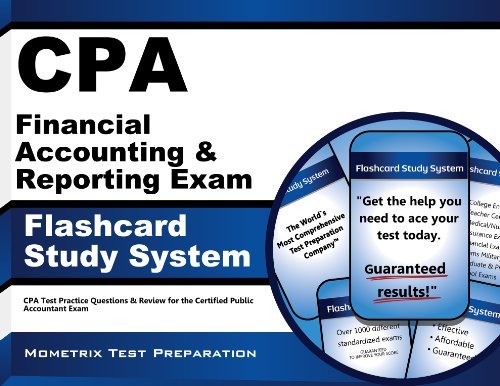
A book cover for CPA Financial Accounting & Reporting Exam Flashcard Study System: CPA Test Practice Questions & Review for the Certified Public Accountant Exam (Cards); CPA Exam Secrets Test Prep Team; Test Preparation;